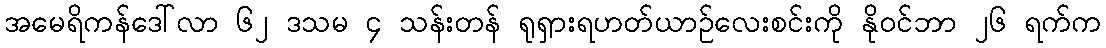
အမေရိကန်ဒေါ်လာ ၆၂ ဒသမ ၄ သန်းတန် ရုရှားရဟတ်ယာဉ်လေးစင်းကို နိုဝင်ဘာ ၂၆ ရက်က